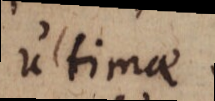
ultimae.